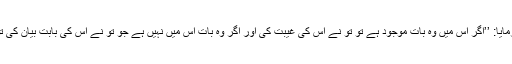
آپ صلی اللہ علیہ وسلم نے فرمایا: ’’اگر اس میں وہ بات موجود ہے تو تو نے اس کی غیبت کی اور اگر وہ بات اس میں نہیں ہے جو تو نے اس کی بابت بیان کی تو تو نے اس پر بہتان باندھا‘‘۔